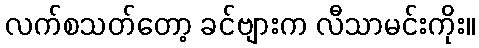
လက်စသတ်တော့ ခင်ဗျားက လီသာမင်းကိုး။